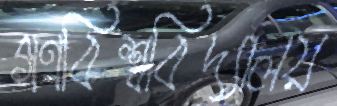
গণবিশ্ববিদ্যালয়